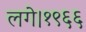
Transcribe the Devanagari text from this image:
लगे।१९६६